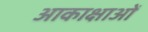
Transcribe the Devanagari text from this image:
आकाक्षाओं